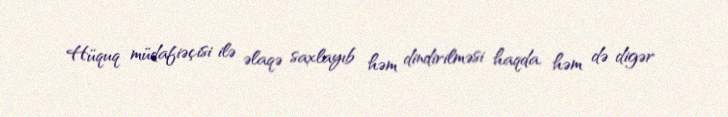
Hüquq müdafiəçisi ilə əlaqə saxlayıb həm dindirilməsi haqda, həm də digər